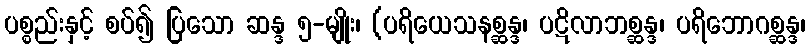
ပစ္စည်းနှင့် စပ်၍ ပြသော ဆန္ဒ ၅-မျိုး၊ (ပရိယေသနစ္ဆန္ဒ၊ ပဋိလာဘစ္ဆန္ဒ၊ ပရိဘောဂစ္ဆန္ဒ၊